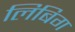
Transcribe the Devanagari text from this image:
लिबिग